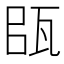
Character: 𤬴